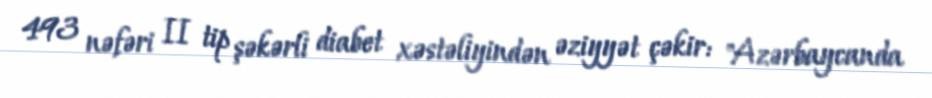
493 nəfəri II tip şəkərli diabet xəstəliyindən əziyyət çəkir: "Azərbaycanda